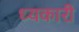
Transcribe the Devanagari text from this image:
ध्यकारी